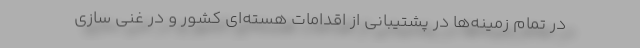
در تمام زمینه‌ها در پشتیبانی از اقدامات هسته‌ای کشور و در غنی سازی